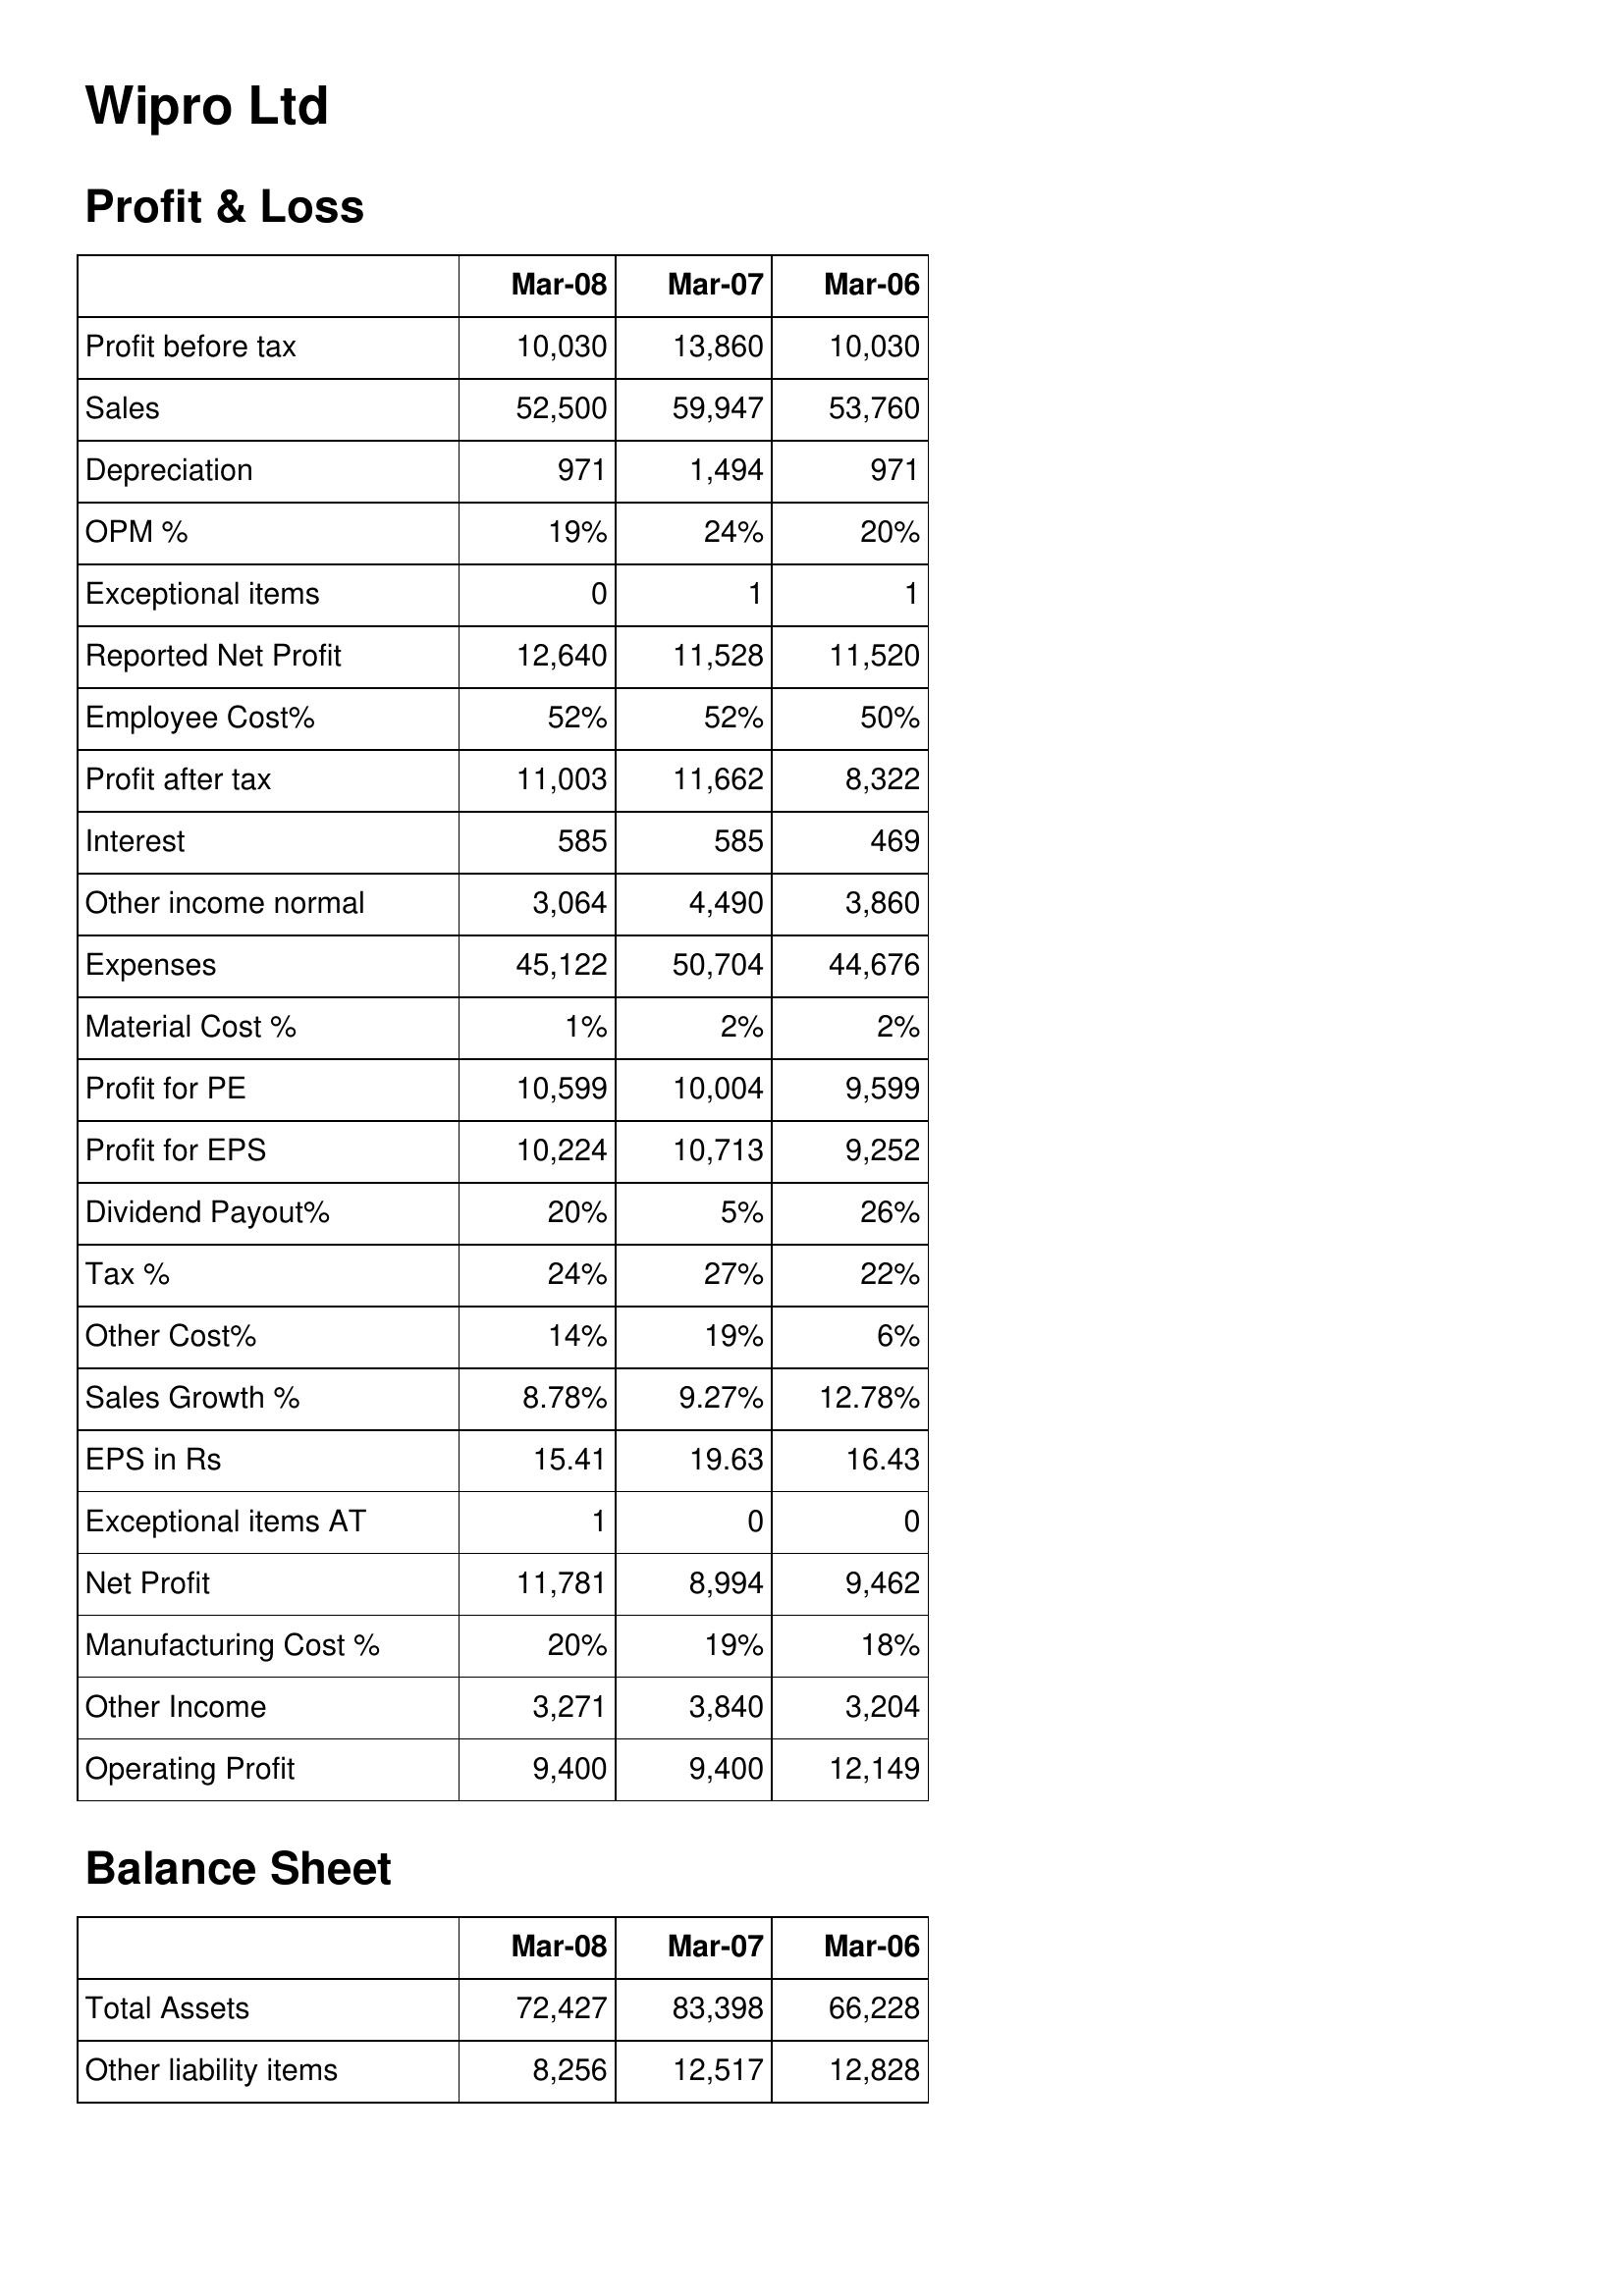
Mar-08: Profit & Loss: Profit before tax: 10,030
Sales: 52,500
Depreciation: 971
OPM %: 19%
Exceptional items: 0
Reported Net Profit: 12,640
Employee Cost%: 52%
Profit after tax: 11,003
Interest: 585
Other income normal: 3,064
Expenses: 45,122
Material Cost %: 1%
Profit for PE: 10,599
Profit for EPS: 10,224
Dividend Payout%: 20%
Tax %: 24%
Other Cost%: 14%
Sales Growth %: 8.78%
EPS in Rs: 15.41
Exceptional items AT: 1
Net Profit: 11,781
Manufacturing Cost %: 20%
Other Income: 3,271
Operating Profit: 9,400
Balance Sheet: Total Assets: 72,427
Other liability items: 8,256
Mar-07: Profit & Loss: Profit before tax: 13,860
Sales: 59,947
Depreciation: 1,494
OPM %: 24%
Exceptional items: 1
Reported Net Profit: 11,528
Employee Cost%: 52%
Profit after tax: 11,662
Interest: 585
Other income normal: 4,490
Expenses: 50,704
Material Cost %: 2%
Profit for PE: 10,004
Profit for EPS: 10,713
Dividend Payout%: 5%
Tax %: 27%
Other Cost%: 19%
Sales Growth %: 9.27%
EPS in Rs: 19.63
Exceptional items AT: 0
Net Profit: 8,994
Manufacturing Cost %: 19%
Other Income: 3,840
Operating Profit: 9,400
Balance Sheet: Total Assets: 83,398
Other liability items: 12,517
Mar-06: Profit & Loss: Profit before tax: 10,030
Sales: 53,760
Depreciation: 971
OPM %: 20%
Exceptional items: 1
Reported Net Profit: 11,520
Employee Cost%: 50%
Profit after tax: 8,322
Interest: 469
Other income normal: 3,860
Expenses: 44,676
Material Cost %: 2%
Profit for PE: 9,599
Profit for EPS: 9,252
Dividend Payout%: 26%
Tax %: 22%
Other Cost%: 6%
Sales Growth %: 12.78%
EPS in Rs: 16.43
Exceptional items AT: 0
Net Profit: 9,462
Manufacturing Cost %: 18%
Other Income: 3,204
Operating Profit: 12,149
Balance Sheet: Total Assets: 66,228
Other liability items: 12,828